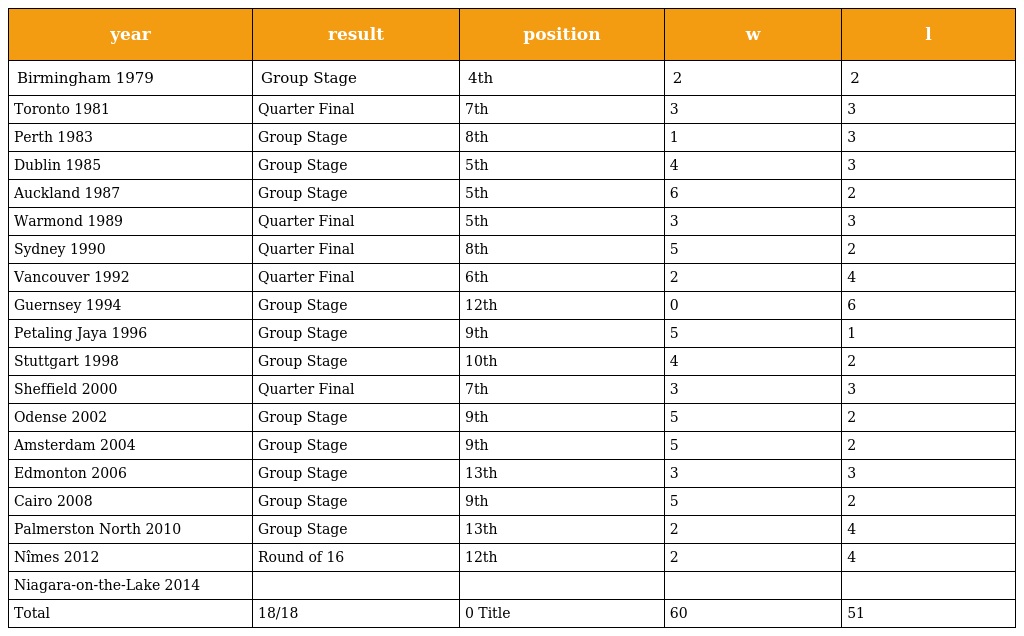
| year | result | position | w | l |
 | --- | --- | --- | --- | --- |
 | Birmingham 1979 | Group Stage | 4th | 2 | 2 |
 | Toronto 1981 | Quarter Final | 7th | 3 | 3 |
 | Perth 1983 | Group Stage | 8th | 1 | 3 |
 | Dublin 1985 | Group Stage | 5th | 4 | 3 |
 | Auckland 1987 | Group Stage | 5th | 6 | 2 |
 | Warmond 1989 | Quarter Final | 5th | 3 | 3 |
 | Sydney 1990 | Quarter Final | 8th | 5 | 2 |
 | Vancouver 1992 | Quarter Final | 6th | 2 | 4 |
 | Guernsey 1994 | Group Stage | 12th | 0 | 6 |
 | Petaling Jaya 1996 | Group Stage | 9th | 5 | 1 |
 | Stuttgart 1998 | Group Stage | 10th | 4 | 2 |
 | Sheffield 2000 | Quarter Final | 7th | 3 | 3 |
 | Odense 2002 | Group Stage | 9th | 5 | 2 |
 | Amsterdam 2004 | Group Stage | 9th | 5 | 2 |
 | Edmonton 2006 | Group Stage | 13th | 3 | 3 |
 | Cairo 2008 | Group Stage | 9th | 5 | 2 |
 | Palmerston North 2010 | Group Stage | 13th | 2 | 4 |
 | Nîmes 2012 | Round of 16 | 12th | 2 | 4 |
 | Niagara-on-the-Lake 2014 |  |  |  |  |
 | Total | 18/18 | 0 Title | 60 | 51 |